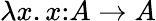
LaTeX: \lambda x.x{\mathrel{:}}A\to A